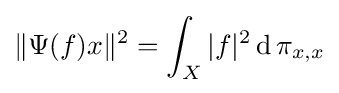
\|\Psi (f)x\|^{2}=\int _{X}|f|^{2}\operatorname {d} \pi _{x,x}